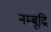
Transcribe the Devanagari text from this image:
नम्बूद्रि